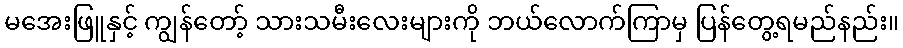
မအေးဖြူနှင့် ကျွန်တော့် သားသမီးလေးများကို ဘယ်လောက်ကြာမှ ပြန်တွေ့ရမည်နည်း။